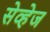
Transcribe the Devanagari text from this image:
सेव्हेज